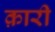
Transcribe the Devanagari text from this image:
क़ारी